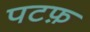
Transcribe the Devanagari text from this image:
पटफ़